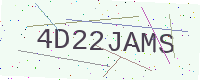
Text: 4D22JAMS